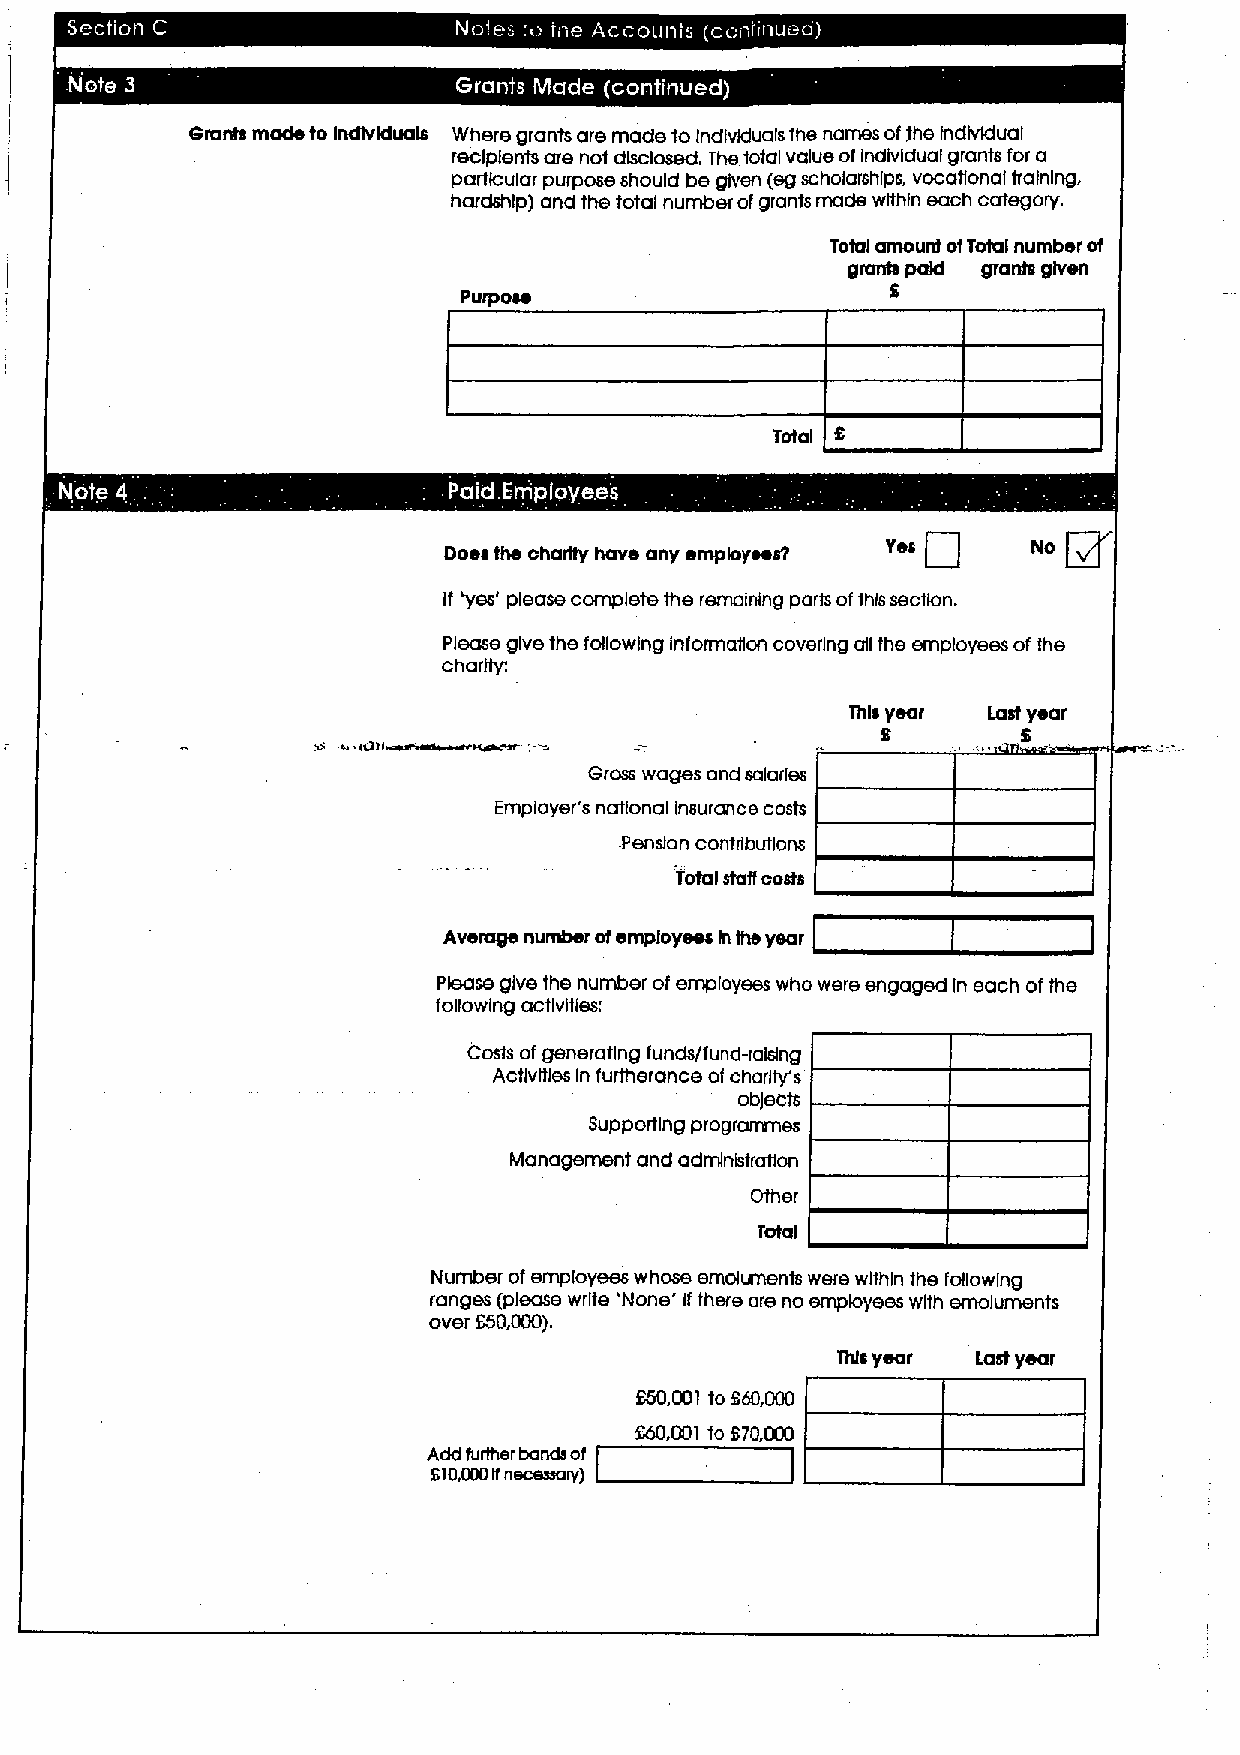
~ ~  ~
 Grants made to Individuals Where grants are made to IndhSduals the names ofthe Individual
 recipients are not disclosed, The total value ofIndividual grants for a
 particular purpose should be given (egscholarships, vocational training,
 hal'dshlp) and the total number ofgrants made within each category.
 Total amount ofTotal number of
 grants paid grants given
 S
 Purpose
 Total
 g
 Does the charity have any employsesT Yes No
 If 'yes' please complete the remaining parts ofthis section.
 Please give the following information covering all the employees ofthe
 charity:
 This year Last year
 IQH~~                             S         S
 u
 Gross wages and salaries
 Employer's national insurance costs
 Pension contributions
 TofuIstaff oosfs
 Average number ofemployees In the year
 Please give the number ofemployees who were engaged In each ofthe
 following activities:
 Costs ofgenerating funds/fund-raising
 Activities In furlherance ofcharity's
 ob]eotS
 Supporting programmes
 Management and admlnbtration
 Total
 Number ofemployees whose emoirsnents were within the following
 ranges (please write 'None' lf there are no employees with emoluments
 over S50,000).
 This year Last year
 S50,001 to S60,000
 S60,001 to S70,000
 Add furlher bands of
 S10,000 It necessary)